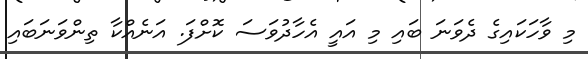
މި ވާހަކައިގެ ދެވަނަ ބައި މި އައީ އެހާދުވަސަ ކޮށްފަ. އަނެއްކާ ތިންވަނަބައި